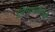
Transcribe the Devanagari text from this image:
लिप्यांसाठीची